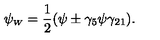
\psi _ { \scriptscriptstyle W } = \frac { 1 } { 2 } ( \psi \pm \gamma _ { 5 } \psi \gamma _ { 2 1 } ) .